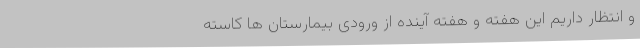
و انتظار داریم این هفته و هفته آِینده از ورودی بیمارستان ها کاسته